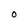
Character: O